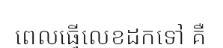
ពេលធ្វើលេខដកទៅ គឺ